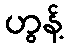
ဟွန့်